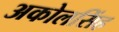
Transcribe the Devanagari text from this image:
अकोलसिंह